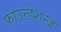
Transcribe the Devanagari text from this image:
फ़ाउन्डेशन्ज़